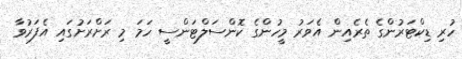
ހުރި ޑިކްޓަރުންގެ ތެރެއިން އެވަރު މީހުންގެ ކޮންސަލްޓަންސީ ހަމަ މި ރަށްރަށުގައި އެފަރުވާ